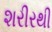
શરીરથી